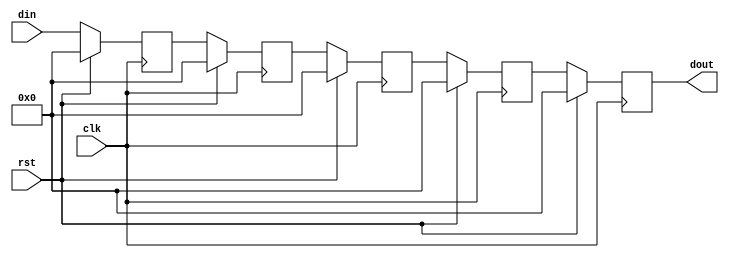
module multistage_register #(
    parameter STAGES = 4,          // Number of stages in the register
    parameter DATA_WIDTH = 8       // Width of the data input
)(
    input wire clk,                // Clock signal
    input wire rst,                // Synchronous reset signal
    input wire [DATA_WIDTH-1:0] din, // Data input
    output reg [DATA_WIDTH-1:0] dout // Data output
);

    // Internal registers for each stage
    reg [DATA_WIDTH-1:0] stage [0:STAGES-1];

    // Sequential logic for the multistage register
    integer i;
    always @(posedge clk) begin
        if (rst) begin
            // Reset all stages to zero
            for (i = 0; i < STAGES; i = i + 1) begin
                stage[i] <= {DATA_WIDTH{1'b0}};
            end
            dout <= {DATA_WIDTH{1'b0}};
        end else begin
            // Shift data through the stages
            stage[0] <= din; // Capture input data in the first stage
            for (i = 1; i < STAGES; i = i + 1) begin
                stage[i] <= stage[i-1]; // Pass data to the next stage
            end
            dout <= stage[STAGES-1]; // Output from the last stage
        end
    end

endmodule